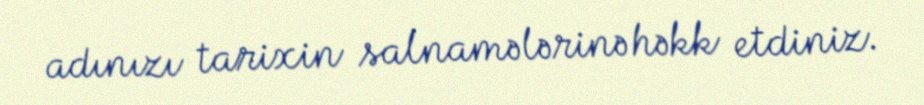
adınızı tarixin salnamələrinə həkk etdiniz.